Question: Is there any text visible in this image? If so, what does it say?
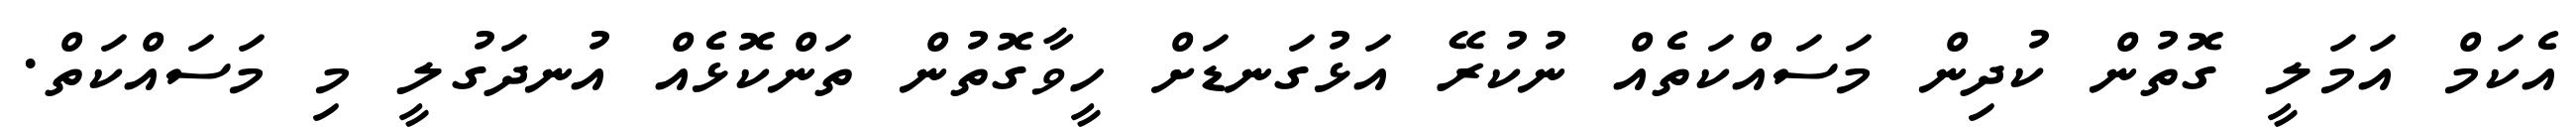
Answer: އެކަމް އަމަލީ ގޮތުން ކުދިން މަސައްކަތެއް ނުކުރޭ އަޅުގަނޑަށް ހީވާގޮތުން ތަންކޮޅެއް އުނދަގުލީ މި މަސައްކަތް.